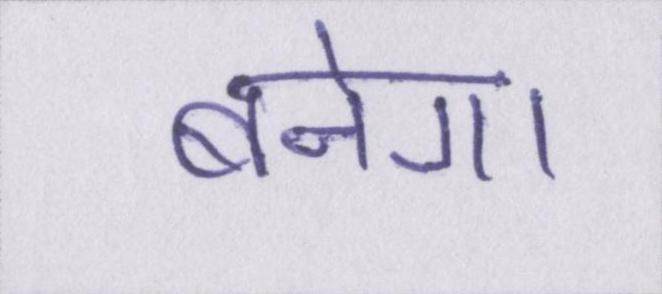
बनेगा